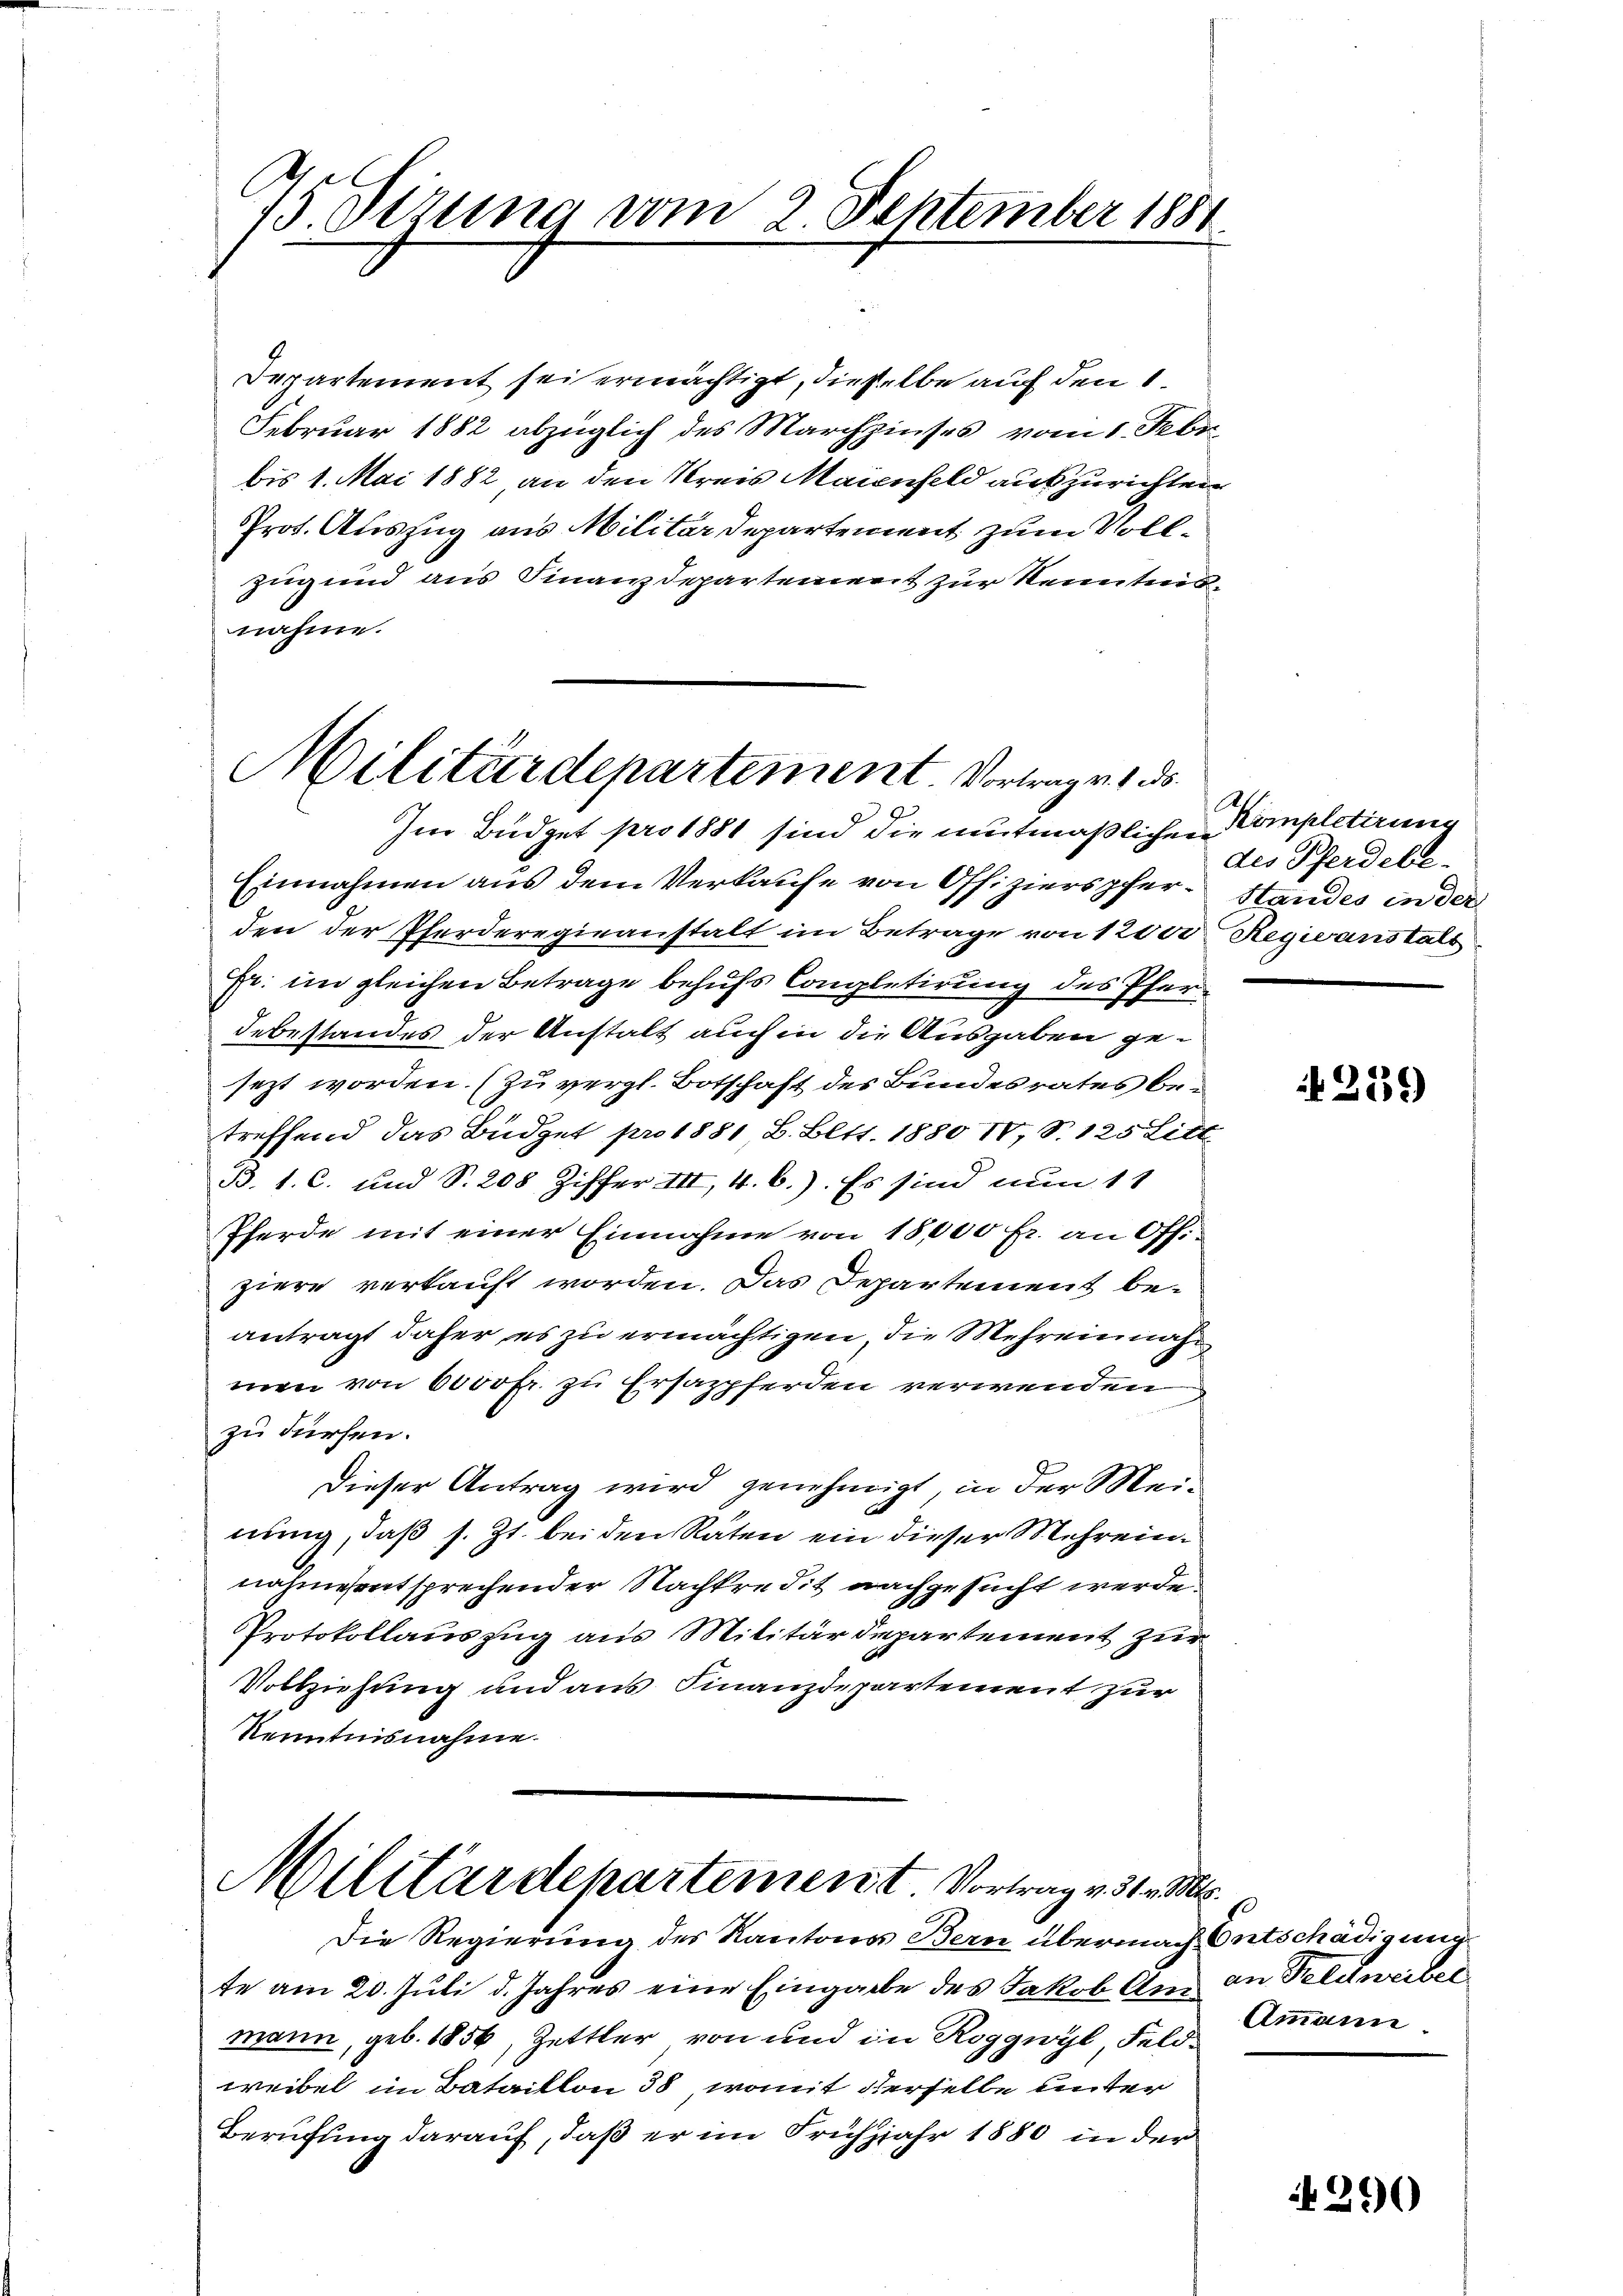
15. Sizung vom 2 September 1881

Departement sei ermächtigt, dieselbe auf den 1.
Februar 1882 abzüglich des Marchzinses vom 1. Febr.
bis 1. Mai 1882 an den Kreis Maienfeld auszurichten
Prot. Auszug aus Militar Departement zum Vollzug und aus Finanzdepartement zur Neuntersnahme.

Militärdepartement. Vortrag v. 1. ds.
Im Büdget pro 1881 sind die mutmaßlichen Kompletirung

Militärdepartement. Vortrag v. 31. M.

Einnahmen aus dem Verkaufe von Offizierspfer-Standes in der
den der Pferderegieanstalt im Betrage von 1200. Regio anstalt
Fr. im gleichen Betrage behufs Completirung des Pferdebestandes der Anstalt auch in die Ausgaben gesezt worden. (Zu vergl. Botschaft des Bundesrates betreffend das Büdget pro 1881 B. Bett. 1880 IV, S. 125 Litt.
B. 1. C. und S. 208 Ziffer III, 4. C.). Es sind nun 11
Pferde mit einer Einnahme von 18,000 fr. an Offiziere verkauft worden. Das Departement beantragt daher, es zu ermächtigen, die Mehreinnahmen von 6000 Fr. zu Ersappferden verwenden
zu dürfen.
Dieser Antrag wird genehmigt, in der Meinung, daß s. Zt. bei den Raten ein dieser Mehreinnahmesentsprechender Nachkredit nachgesucht werde.
Protokollauszug aus Militärdepartement zur
Vollziehung und aus Finanzdepartement zur
Kenntnisnahme.

Die Regierung des Kantons Bern übernach Entschädigung
te am 20. Juli d. Jahres eine Eingabe des Jakob An an Feldweiber
mann, geb. 1856, Zettler von und in Roggwyl, Feldweibel im Bataillon 38, womit derselbe unter
Berufung darauf, daß er im Frühjahr 1880 in der

des Pferdebe-

2539)

Ammann.

290